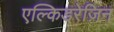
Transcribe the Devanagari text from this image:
एल्किडरेज़िन